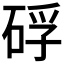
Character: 𥒫